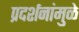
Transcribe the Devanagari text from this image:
प्रदर्शनांमुळे